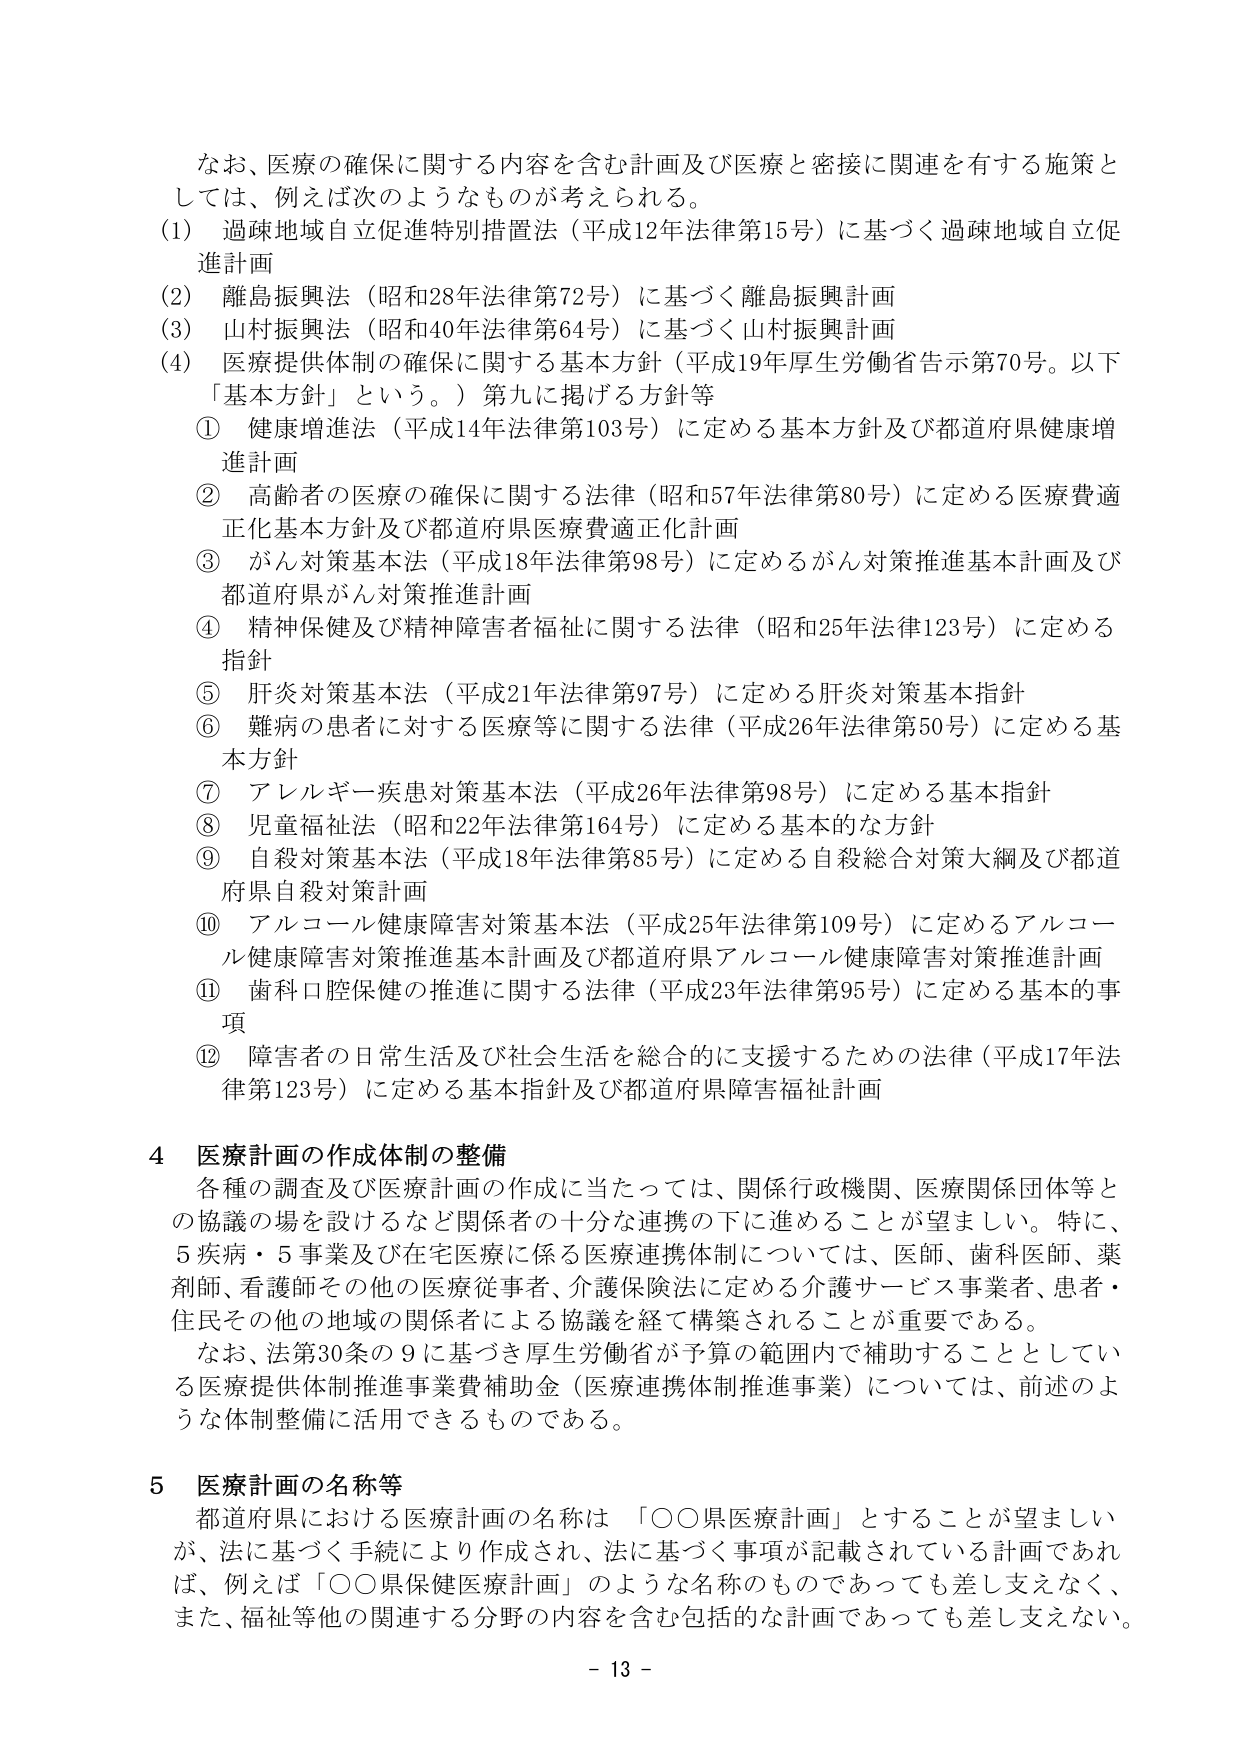
なお、医療の確保に関する内容を含む計画及び医療と密接に関連を有する施策としては、例えば次のようなものが考えられる。

(1) 過疎地域自立促進特別措置法（平成12年法律第15号）に基づく過疎地域自立促進計画

(2) 離島振興法（昭和28年法律第72号）に基づく離島振興計画

(3) 山村振興法（昭和40年法律第64号）に基づく山村振興計画

(4) 医療提供体制の確保に関する基本方針（平成19年厚生労働省告示第70号。以下「基本方針」という。）第九に掲げる方針等

① 健康増進法（平成14年法律第103号）に定める基本方針及び都道府県健康増進計画

② 高齢者の医療の確保に関する法律（昭和57年法律第80号）に定める医療費適正化基本方針及び都道府県医療費適正化計画

③ がん対策基本法（平成18年法律第98号）に定めるがん対策推進基本計画及び都道府県がん対策推進計画

④ 精神保健及び精神障害者福祉に関する法律（昭和25年法律123号）に定める指針

⑤ 肝炎対策基本法（平成21年法律第97号）に定める肝炎対策基本指針

⑥ 難病の患者に対する医療等に関する法律（平成26年法律第50号）に定める基本方針

⑦ アレルギー疾患対策基本法（平成26年法律第98号）に定める基本指針

⑧ 児童福祉法（昭和22年法律第164号）に定める基本的な方針

⑨ 自殺対策基本法（平成18年法律第85号）に定める自殺総合対策大綱及び都道府県自殺対策計画

⑩ アルコール健康障害対策基本法（平成25年法律第109号）に定めるアルコール健康障害対策推進基本計画及び都道府県アルコール健康障害対策推進計画

⑪ 歯科口腔保健の推進に関する法律（平成23年法律第95号）に定める基本的事項

⑫ 障害者の日常生活及び社会生活を総合的に支援するための法律（平成17年法律第123号）に定める基本指針及び都道府県障害福祉計画

4 医療計画の作成体制の整備

各種の調査及び医療計画の作成に当たっては、関係行政機関、医療関係団体等との協議の場を設けるなど関係者の十分な連携の下に進めることが望ましい。特に、5疾病・5事業及び在宅医療に係る医療連携体制については、医師、歯科医師、薬剤師、看護師その他の医療従事者、介護保険法に定める介護サービス事業者、患者・住民その他の地域の関係者による協議を経て構築されることが重要である。

なお、法第30条の9に基づき厚生労働省が予算の範囲内で補助することとしている医療提供体制推進事業費補助金（医療連携体制推進事業）については、前述のような体制整備に活用できるものである。

5 医療計画の名称等

都道府県における医療計画の名称は「○○県医療計画」とすることが望ましいが、法に基づく手続により作成され、法に基づく事項が記載されている計画であれば、例えば「○○県保健医療計画」のような名称のものであっても差し支えなく、また、福祉等他の関連する分野の内容を含む包括的な計画であっても差し支えない。

- 13 -